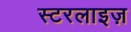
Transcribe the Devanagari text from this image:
स्टरलाइज़